Medical and sanitary report of the native army of Bengal for the year
Year: 1874
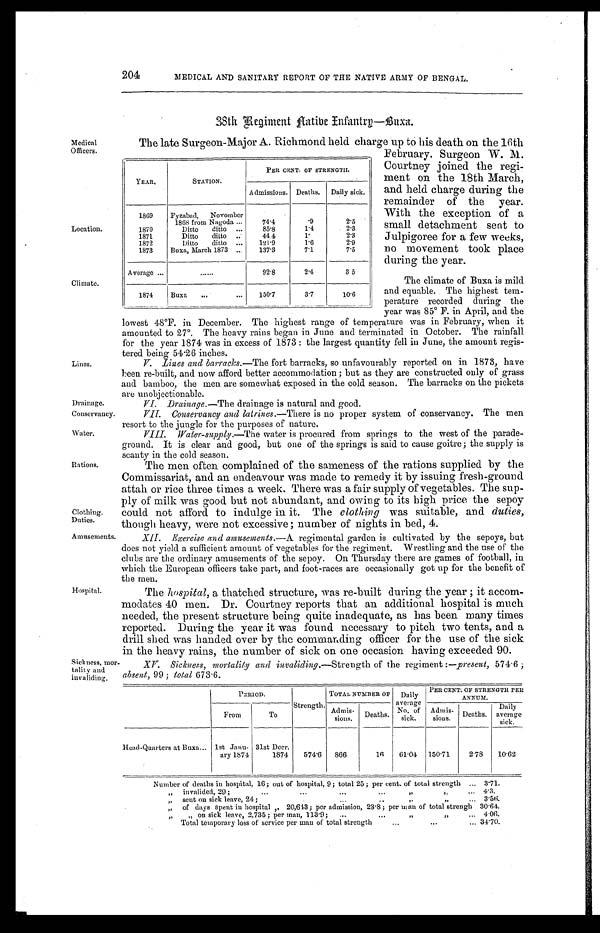
Medical
Officers.
Location.
Climate.
Lines.
Drainage.
Conservancy.
Water.
Rations.
Clothing.
Duties.
Amusements.
Hospital.
204
MEDICAL AND SANITARY REPORT OF THE NATIVE ARMY OF BENGAL.
38th Regiment Native Infantry—Buxa.
The late Surgeon-Major A. Richmond held charge up to his death on the 16th
February. Surgeon W. M.
Courtney joined the regi
-ment on the 18th March,
and held charge during the
remainder of the year.
With the exception of a
small detachment sent to
Julpigoree for a few weeks,
no movement took place
during the year.
The climate of Buxa is mild
and equable. The highest tem-
perature recorded during the
year was 85° F. in April, and the
lowest 48°F. in December. The highest range of temperature was in February, when it
amounted to 27°. The heavy rains began in June and terminated in October. The rainfall
for the year 1874 was in excess of 1873: the largest quantity fell in June, the amount regis
-tered being 54.26 inches.
V. Lines and barracks. —The fort barracks, so unfavourably reported on in 1873, have
been re-built, and now afford better accommodation; but as they are constructed only of grass
and bamboo, the men are somewhat exposed in the cold season. The barracks on the pickets
are unobjectionable.
VI. Drainage.—The drainage is natural and good.
VII. Conservancy and latrines. —There is no proper system of conservancy. The men
resort to the jungle for the purposes of nature.
VIII. Water-supply.—The water is procured from springs to the west of the parade-
ground. It is clear and good, but one of the springs is said to cause goitre; the supply is
scanty in the cold season.
The men often complained of the sameness of the rations supplied by the
Commissariat, and an endeavour was made to remedy it by issuing fresh-ground
attah or rice three times a week. There was a fair supply of vegetables. The sup
-ply of milk was good but not abundant, and owing to its high price the sepoy
could not afford to indulge in it. The clothing was suitable, and duties,
though heavy, were not excessive; number of nights in bed, 4.
XII. Exercise and amusements. —A regimental garden is cultivated by the sepoys, but
does not yield a sufficient amount of vegetables for the regiment. Wrestling and the use of the
clubs are the ordinary amusements of the sepoy. On Thursday there are games of football, in
which the European officers take part, and foot-races are occasionally got up for the benefit of
the men.
The hospital, a thatched structure, was re-built during the year; it accom
-modates 40 men. Dr. Courtney reports that an additional hospital is much
needed, the present structure being quite inadequate, as has been many times
reported. During the year it was found necessary to pitch two tents, and a
drill shed was handed over by the commanding officer for the use of the sick
in the heavy rains, the number of sick on one occasion having exceeded 90.
Sickness, mor
-tality and invaliding.
PERIOD.
Strength.
TOTAL NUMBER OF Daily
average
No. o f
sick.
PER CENT. OF STRENGTH PER
ANNUM.
From
To
Admis- s i o n s . Deaths.
Admis- sions. Deaths.
Daily
average
sick.
Head-Quarters at Buxa 1st Janu-
ary 1874
31st Decr.
1874 574.6 866
1 6 61.04 150.71 2.78 10.62
Number of deaths in hospital, 16; out of hospital, 9; total 25; per cent. of total strength
3.71.
„ i n v a l i d e d , 2 9 ; „ „ 4.3.
„ s e n t o n s i c k l e a v e , 2 4 ; „ „
3.56.
„ o f d a y s s p e n t i n h o s p i t a l , 2 0 , 6 4 3 ; p e r a d m i s s i o n , 2 3 . 8 ; p e r m a n o f t o t a l s t r e n g t h 30.64.
„ „ o n s i c k l e a v e , 2 , 7 3 5 ; p e r m a n , 1 1 3 . 9 ; „ „ 4.06.
Total temporary loss of service per man of total strength
34.70.
YEAR.
STATION.
PER CENT. OF STRENGTH.
Admissions. Deaths. Daily sick.
1869 Fyzabad, November
1868 from Nagoda
74.4
.9
2.5
1870
Ditto ditto
85.8
1.4
2.3
1871
Ditto ditto
4 4 . 4
1.
2 . 3
1872
Ditto ditto
121.9
1.6
2.9
1873 Buxa, March 1873
137.3
7.1
7.5
Average
92.8
2.4
3.5
1874 Buxa
150.7
3.7
1 0 . 6
XV. Sickness, mortality and invaliding. —Strength of the regiment:—present, 574.6;
absent, 99; total 673.6.